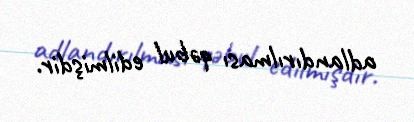
adlandırılması qəbul edilmişdir.